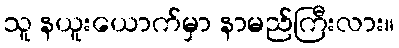
သူ နယူးယောက်မှာ နာမည်ကြီးလား။